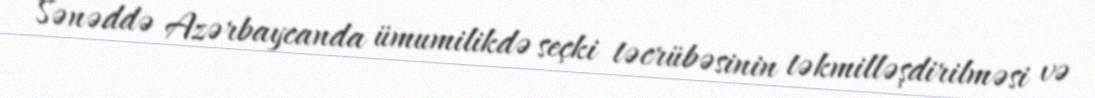
Sənəddə Azərbaycanda ümumilikdə seçki təcrübəsinin təkmilləşdirilməsi və